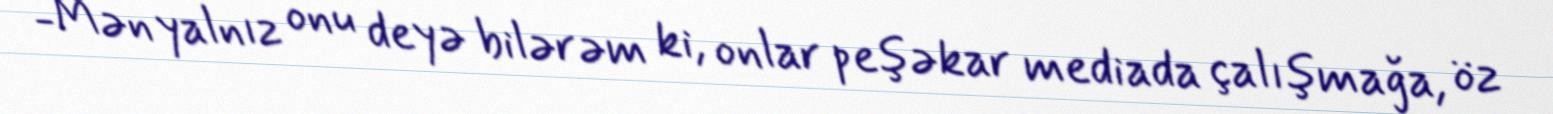
-Mən yalnız onu deyə bilərəm ki, onlar peşəkar mediada çalışmağa, öz